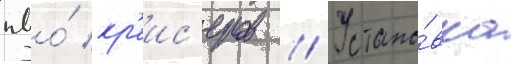
пво́ кр'еис'еров // Устано́вка